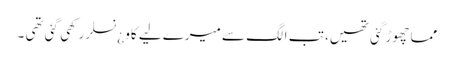
مما چھوڑ گئی تھیں، تب الگ سے میرے لیے کاو ¿نسلر رکھی گئی تھی ۔